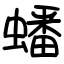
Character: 蟠